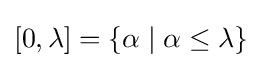
[0,\lambda ]=\{\alpha \mid \alpha \leq \lambda \}